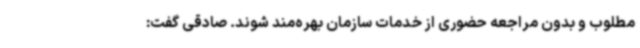
مطلوب و بدون مراجعه حضوری از خدمات سازمان بهره‌مند شوند. صادقی گفت: